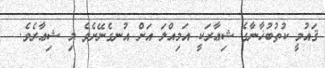
ޤައުމީ ކުތުބުޚާނާގެ ޝިޢާރަކީ އަމިއްލަ އަށް އުނގެނޭށެވެ މި ޝިޢާރެވެ.